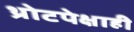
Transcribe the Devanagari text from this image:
थ्रोटपेक्षाही